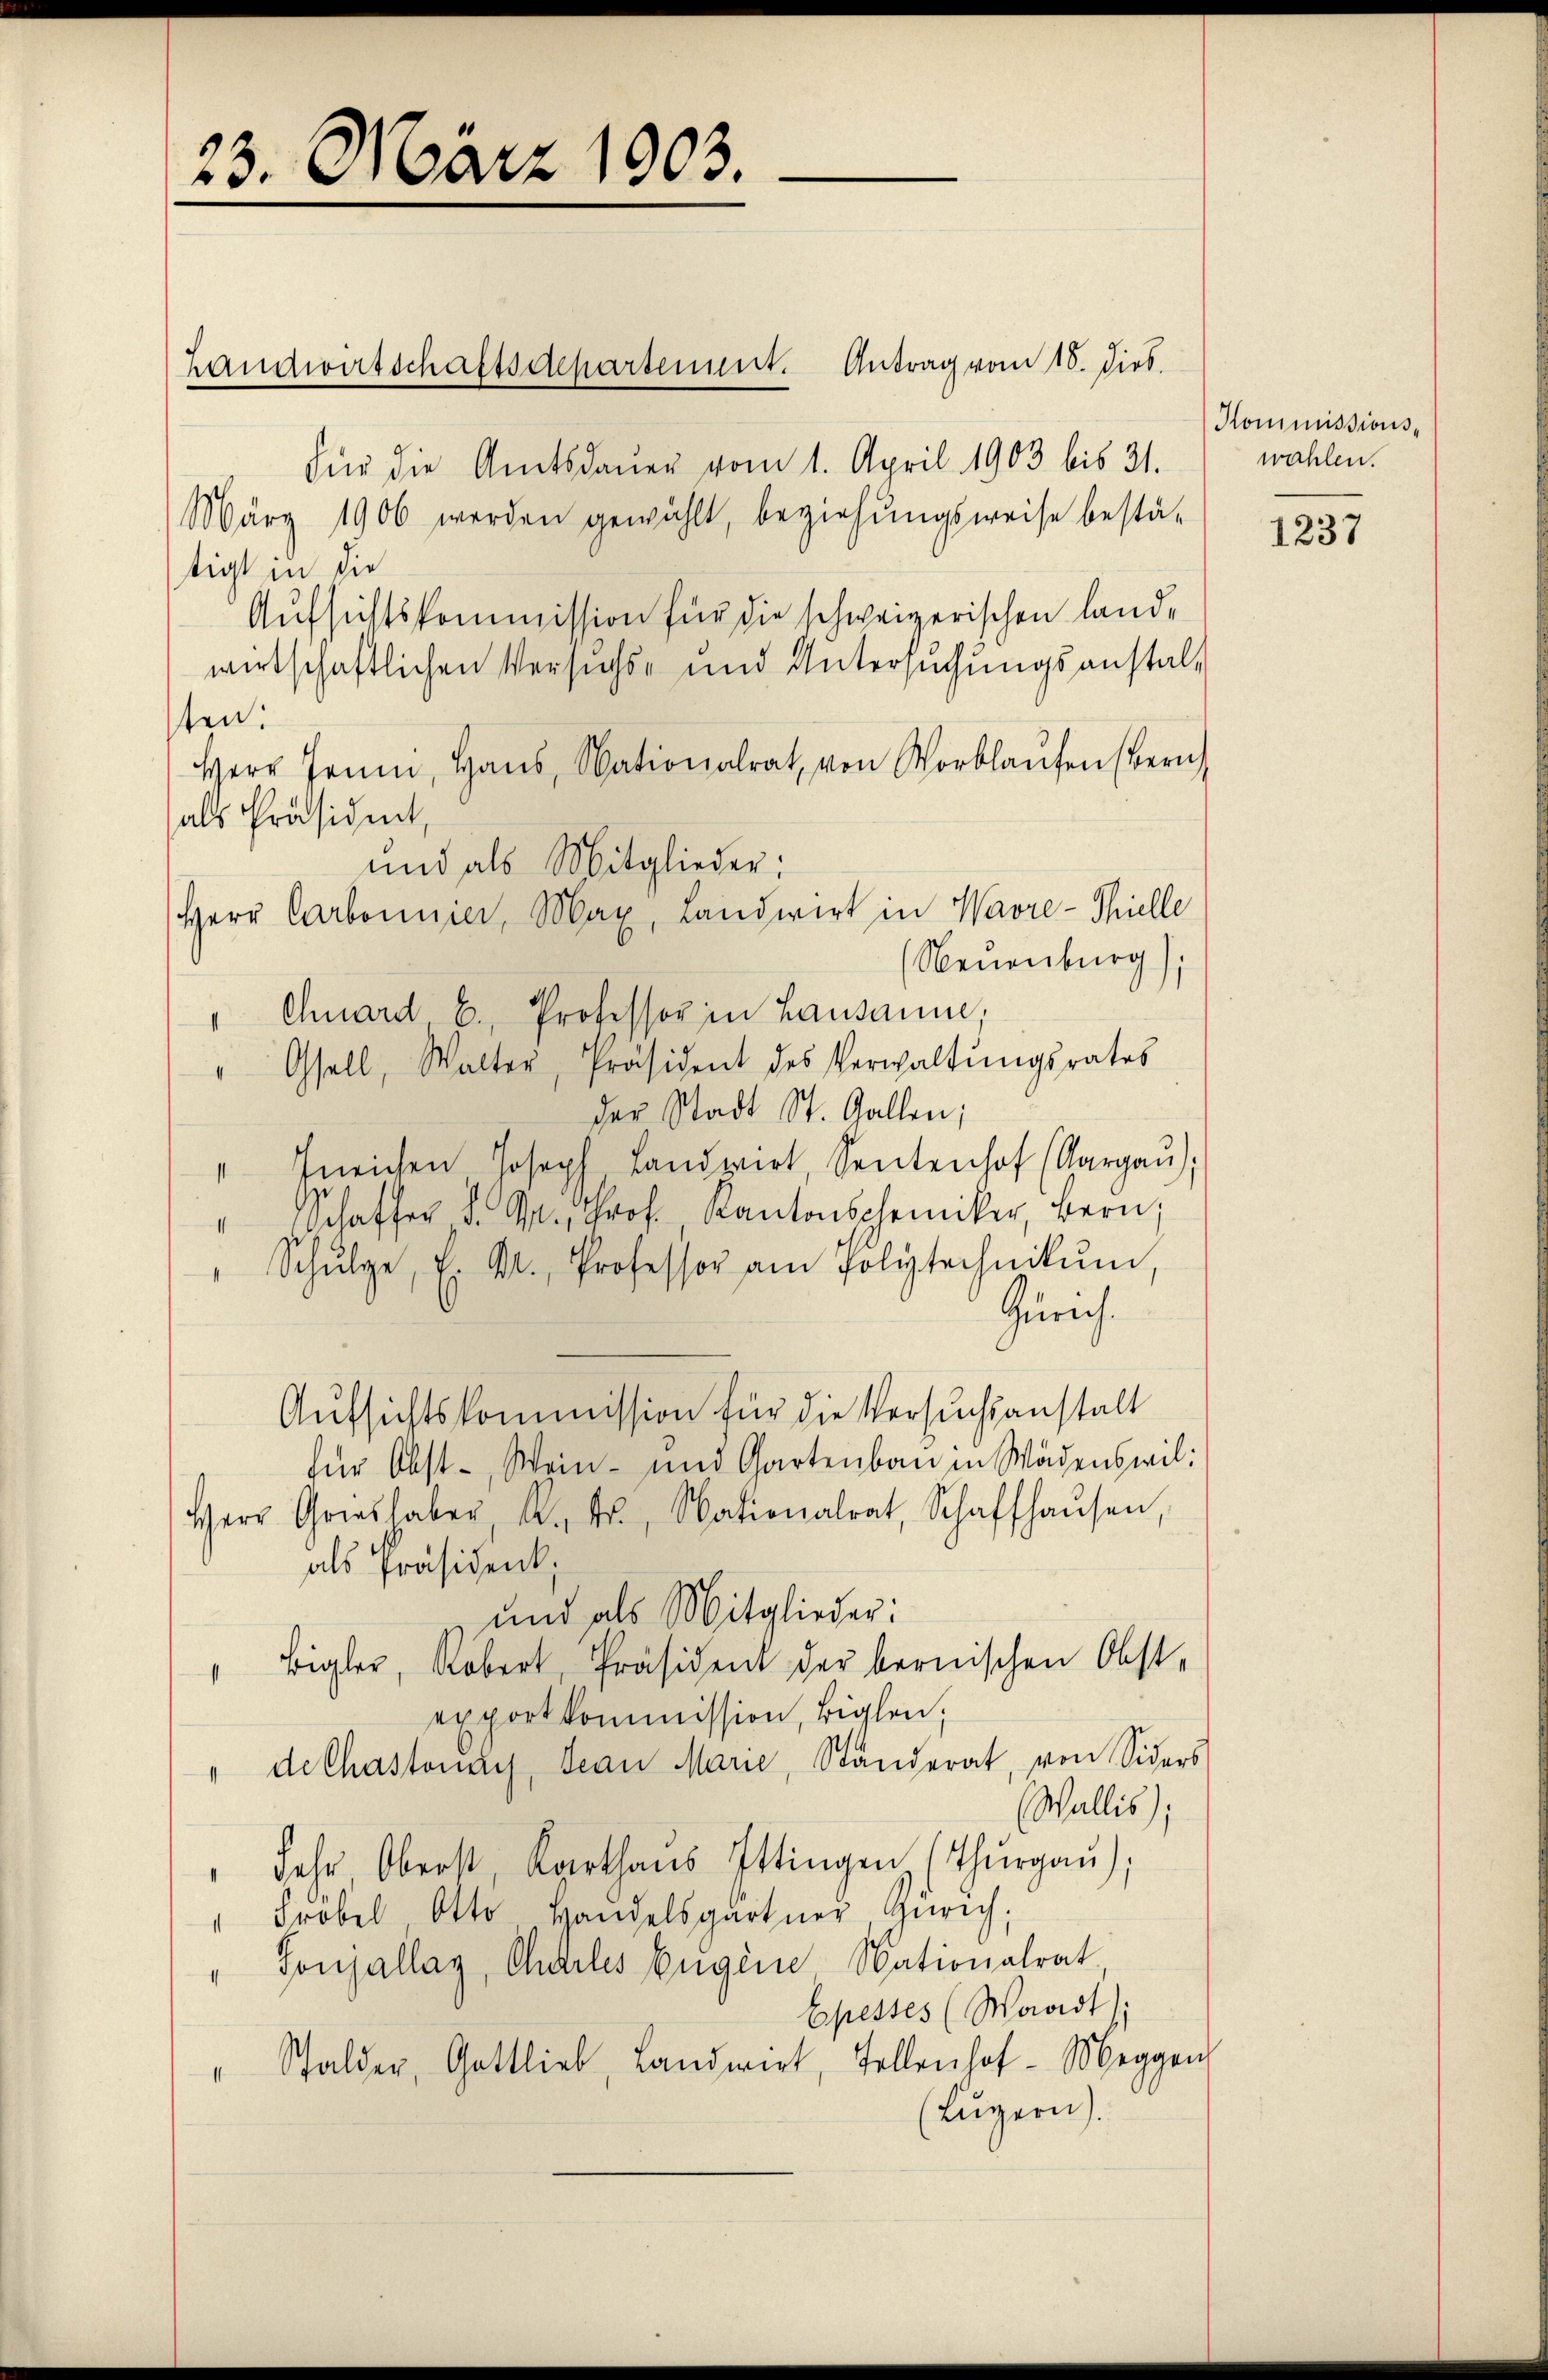
23. März 1903.

Für die Amtsdaŭer vom 1. April 1903 bis 31.
März 1906 werden gewählt, beziehŭngsweise bestä-
tigt in die
Aufsichtskommission für die schweizerischen Landwirtschaftlichen Versuchs- und Untersuchungsanstal-
ten:
Herr Jann, Haŭs, Nationalrat von Vorlaŭfen (Bern
als Präsident,
" Gfell, Walter, Präsident des Verwaltŭngsrates
der Stadt St. Gallen;
" Ineichen Joseph Landwirt Sentenhof (Aargaŭ);
" Schaffer d. M. Prof. Kantonschemiker, Bern,
Schŭlge, E. Kr. Professor am Polytechnikum,
Zürich.
Aufsichtskommission für die Versuchsanstalt
für Obst- Wein- und Gartenbau in Wädenswil¬
Herr Gries aber K. Fr., Nationalrat, Schaffhaŭsen,
als Präsident;
und als Mitglieder:
Bigler, Robert, Präsident der bernischen Obst-
exportkommission, Biglen,
" de Chastonay, Jean Marie, Ständerat, von Siders
Wallis);
" Jahr Oberst Karthaŭs Ittingen (Thŭrgaŭ);
" Fröbel Otto Handelsgartner, Zürich,
"Tonjallay, Charles Eugen, Nationalrat,
Epesses (Waadt):
" Stalder, Gottlieb, Landwirt, Tollenhof-Meggen
(Luzern).

Landwirtschaftsdepartement. Antrag vom 18. dies.

und als Mitglieder;
Herr Carbonnier, Max, Landwirt in Wavre-Thielle
(Neuenburg);
" Chard C. Professor in Lausanne,

Kommissionswahlen.

1237